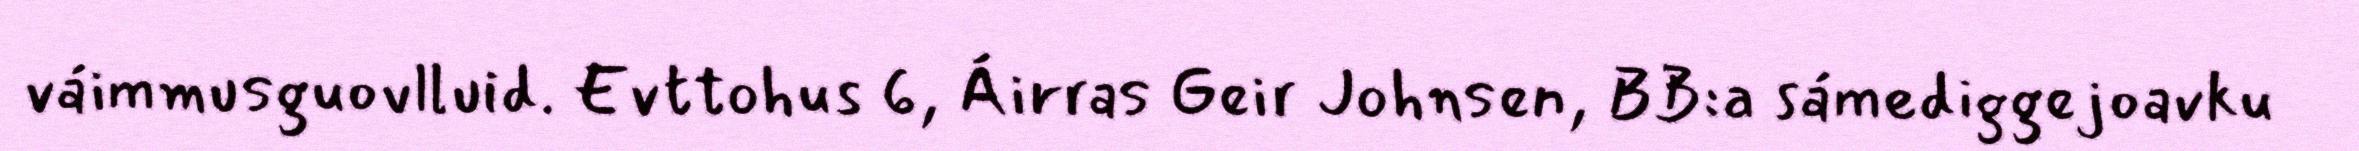
váimmusguovlluid. Evttohus 6, Áirras Geir Johnsen, BB:a sámediggejoavku